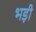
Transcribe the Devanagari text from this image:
भड़ी